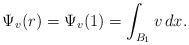
LaTeX: \begin{align*} \Psi_v(r)=\Psi_v(1)=\int_{B_1}v\,dx.\end{align*}